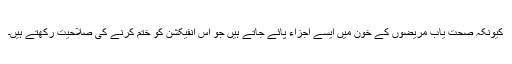
کیونکہ صحت یاب مریضوں کے خون میں ایسے اجزاء پائے جاتے ہیں جو اس انفیکشن کو ختم کرنے کی صلاحیت رکھتے ہیں۔